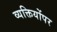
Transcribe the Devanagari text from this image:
व्यक्तियोंपर